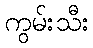
ကွမ်းသီး